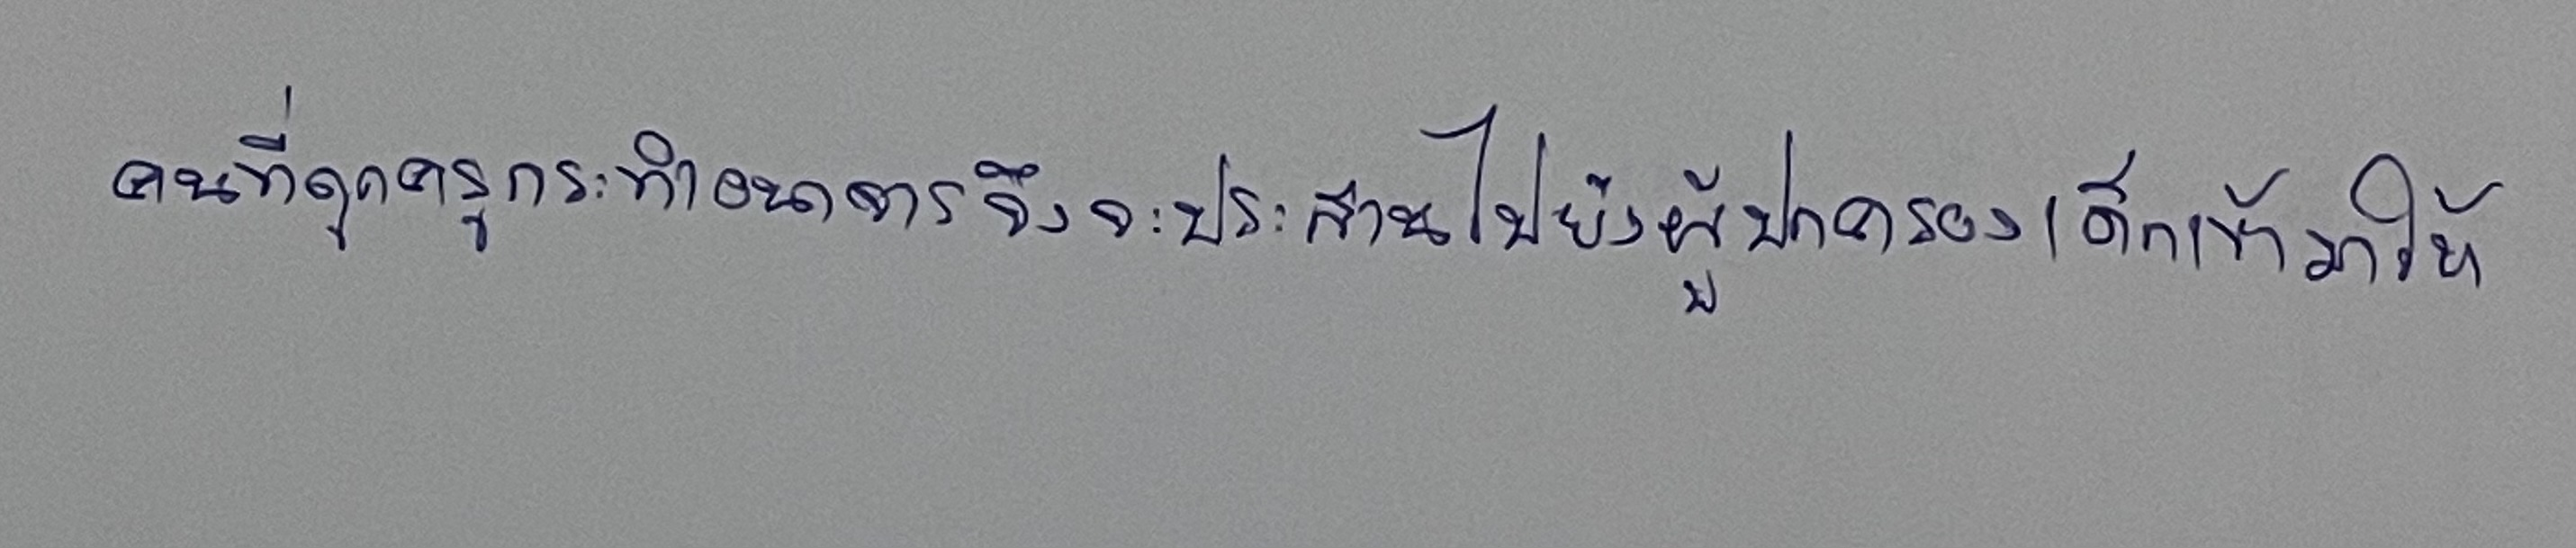
คนที่ถูกครูกระทำอนาจารจึงจะประสานไปยังผู้ปกครองเด็กเข้ามาให้